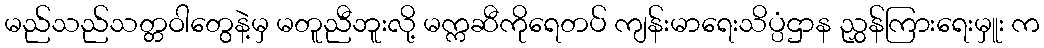
မည်သည်သတ္တဝါတွေနဲ့မှ မတူညီဘူးလို့ မက္ကဆီကိုရေတပ် ကျန်းမာရေးသိပ္ပံဌာန ညွှန်ကြားရေးမှူး က